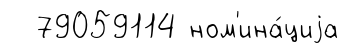
79059114 ном'ина́циjа